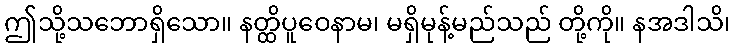
ဤသို့သဘောရှိသော။ နတ္ထိပူဝေနာမ၊ မရှိမုန့်မည်သည် တို့ကို။ နအဒါသိ၊